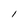
Character: I